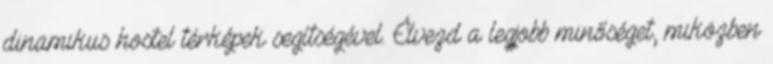
dinamikus hostel térképek segítségével. Élvezd a legjobb minőséget, miközben